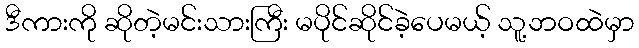
ဒီကားကို ဆိုတဲ့မင်းသားကြီး မပိုင်ဆိုင်ခဲ့ပေမယ့် သူ့ဘဝထဲမှာ